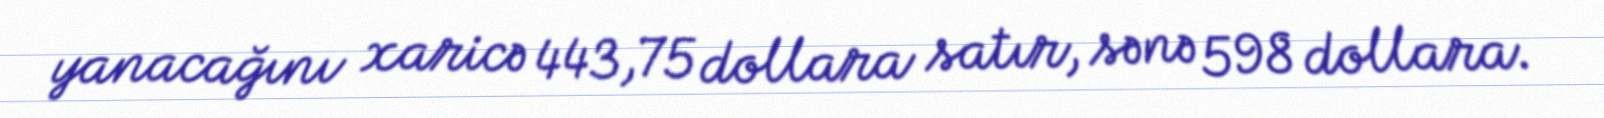
yanacağını xaricə 443,75 dollara satır, sənə 598 dollara.